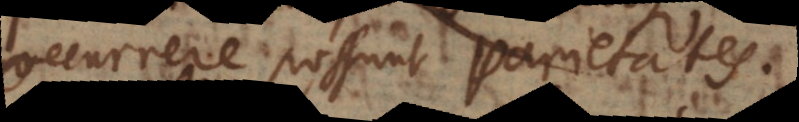
occurrere possunt varietates.